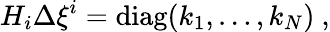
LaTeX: H_{i}\Delta\xi^{i}=\mathrm{diag}(k_{1},\ldots,k_{N})~,